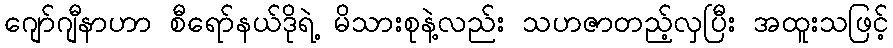
ဂျော်ဂျီနာဟာ စီရော်နယ်ဒိုရဲ့ မိသားစုနဲ့လည်း သဟဇာတည့်လှပြီး အထူးသဖြင့်